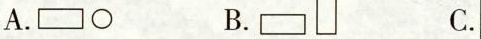
A. B. C.